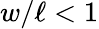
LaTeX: w/\ell<1